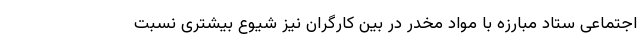
اجتماعی ستاد مبارزه با مواد مخدر در بین کارگران نیز شیوع بیشتری نسبت